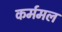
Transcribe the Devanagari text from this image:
कर्ममल